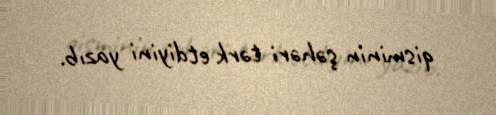
qisminin şəhəri tərk etdiyini yazıb.